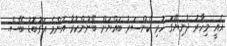
އެއީ މިހާރު ދުނިޔޭގަ ހުރި ކެންސަރު ބައްޔަށް ބޭނުންކުރާ އެންމެ އަގުބޮޑު ބޭސް.